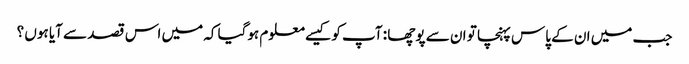
جب میں ان کے پاس پہنچا تو ان سے پوچھا : آپ کو کیسے معلوم ہوگیا کہ میں اس قصد سے آیا ہوں ؟